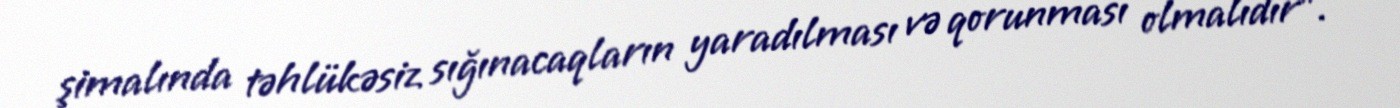
şimalında təhlükəsiz sığınacaqların yaradılması və qorunması olmalıdır”.